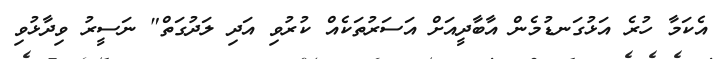
އެކަމާ ހުރެ އަޅުގަނޑުމެން އާބާދީއަށް އަސަރުތަކެއް ކުރުވި އަދި ލަދުގަތް" ނަސީރު ވިދާޅުވި